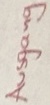
Text: Ausgang